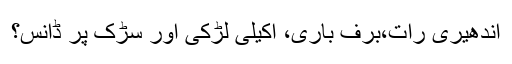
اندھیری رات،برف باری، اکیلی لڑکی اور سڑک پر ڈانس؟